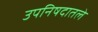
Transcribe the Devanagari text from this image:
उपनिषदातले